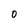
Character: O